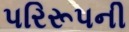
પરિરૂપની